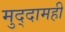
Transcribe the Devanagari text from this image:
मुद्दामही